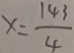
x = \frac { 1 4 3 } { 4 }